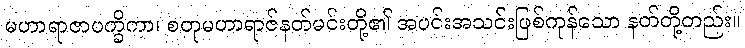
မဟာရာဇာပက္ခိကာ၊ စတုမဟာရာဇ်နတ်မင်းတို့၏ အပင်းအသင်းဖြစ်ကုန်သော နတ်တို့တည်း။